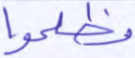
وظلموا